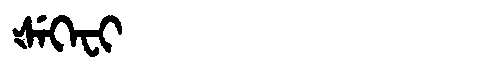
Manchu: ᡧᡝᡴᡝᠸᡳ
Romanization: ŠEKEFI